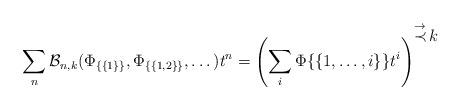
LaTeX: \begin{align*}\sum_{n}\mathcal B_{n,k}(\Phi_{\{\{1\}\}},\Phi_{\{\{1,2\}\}},\dots)t^n=\left(\sum_i \Phi{\{\{1,\dots,i\}\}}t^i\right)^{\displaystyle\mathop\prec^{\rightarrow}k}\end{align*}